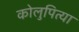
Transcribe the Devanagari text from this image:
कोलुपित्या